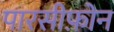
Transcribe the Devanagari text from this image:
पारसीफ़ोन